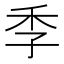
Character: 季